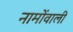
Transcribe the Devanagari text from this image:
नामोंवाली